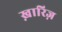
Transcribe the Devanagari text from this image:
ख़ारिज़